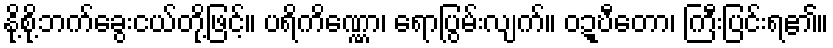
နို့စို့ဘက်ခွေးငယ်တို့ဖြင့်။ ပရိကိဏ္ဏော၊ ရောပြွမ်းလျက်။ ဝဍ္ဎီတော၊ ကြီးပြင်းရ၏။